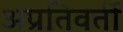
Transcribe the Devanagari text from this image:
अप्रतिवर्ती